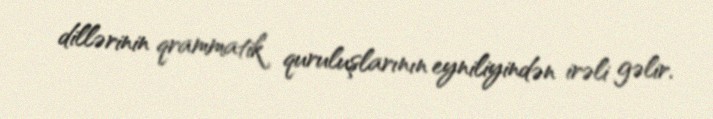
dillərinin qrammatik quruluşlarının eyniliyindən irəli gəlir.